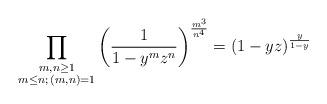
LaTeX: \begin{align*} \prod_{\substack{m,n \geq 1 \\ m \leq n ; \, (m,n)=1}} \left( \frac{1}{1- y^m z^n} \right)^{\frac{m^3 }{n^4}} = \left( 1-yz \right)^{\frac{y}{1-y}} \end{align*}